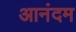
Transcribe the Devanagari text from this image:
आनंदम